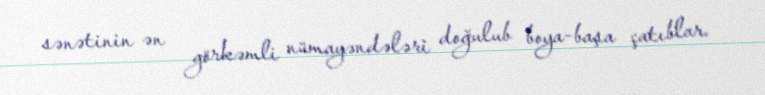
sənətinin ən görkəmli nümayəndələri doğulub boya-başa çatıblar.